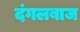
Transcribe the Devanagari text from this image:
दंगलबाज